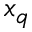
x _ { q }